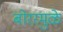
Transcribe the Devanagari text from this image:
बोररमुळे